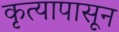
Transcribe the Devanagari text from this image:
कृत्यापासून